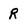
Character: R